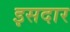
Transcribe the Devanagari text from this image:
इसदार